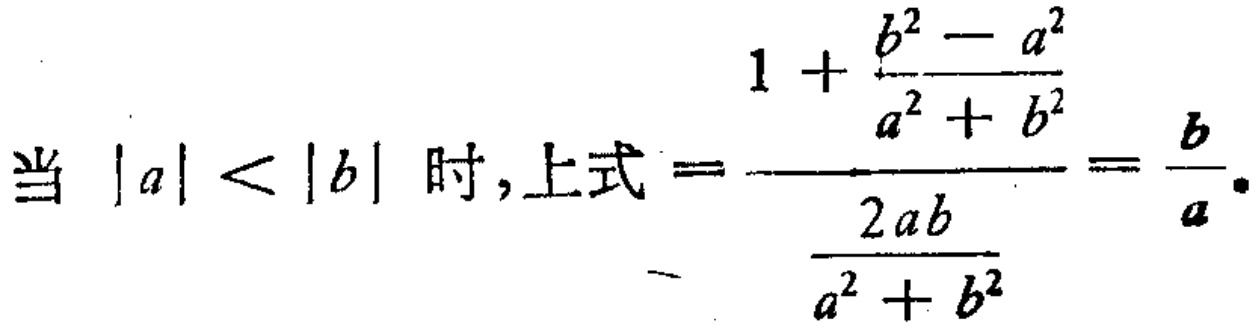
当 \(|a| < |b|\) 时,上式 \(=\frac{1 + \frac{b^{2} - a^{2}}{a^{2} + b^{2}}}{\frac{2ab}{a^{2} + b^{2}}}=\frac{b}{a}\).